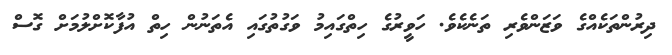
ދިރުންތަކެއްގެ ވަޒަންވެރި ތަނެކެވެ. ހަވީރުގެ ހިތްގައިމު ވަގުތުގައި އެތަނުން ހިތް އުފާކޮށްލުމަށް ގޮސް